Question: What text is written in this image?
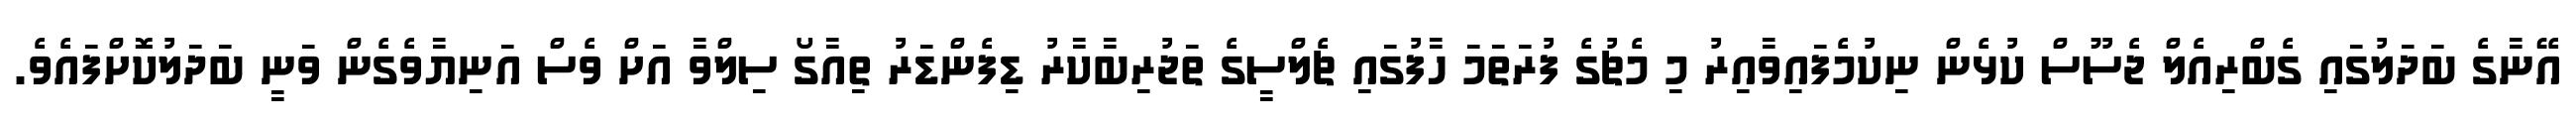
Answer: އޭނާގެ ބަދަލުގައި ގެބްރިއެލް ޖެސޫސް ކުޅެން ނިކުމެފައިވާއިރު މި މެޗުގެ ފުރަތަމަ ހާފުގައި ޗެލްސީގެ ތަޖުރިބާކާރު ޑިފެންޑަރު ތިއާގޯ ސިލްވާ އަށް ވެސް އަނިޔާވެގެން ވަނީ ބަދަލުކޮށްފައެވެ.